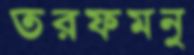
তরফমনু